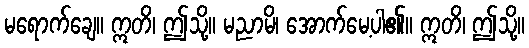
မရောက်ချေ။ ဣတိ၊ ဤသို့။ မညာမိ၊ အောက်မေ့ပါ၏။ ဣတိ၊ ဤသို့။